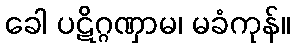
ခေါ ပဋိဂ္ဂဏှာမ၊ မခံကုန်။